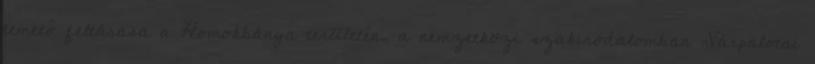
temető feltárása a Homokbánya területén, a nemzetközi szakirodalomban „Várpalotai